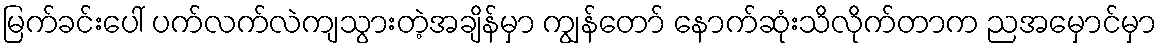
မြက်ခင်းပေါ် ပက်လက်လဲကျသွားတဲ့အချိန်မှာ ကျွန်တော် နောက်ဆုံးသိလိုက်တာက ညအမှောင်မှာ